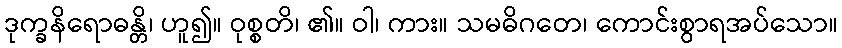
ဒုက္ခနိရောဓန္တိ၊ ဟူ၍။ ဝုစ္စတိ၊ ၏။ ဝါ၊ ကား။ သမဓိဂတေ၊ ကောင်းစွာရအပ်သော။